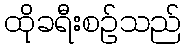
ထိုခရီးစဉ်သည်